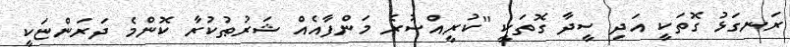
ރަނގަޅު ގޮތަކީ އަދި ސީދާ ގޮތަކީ ''ކުރީއްސުރެ މަންފާއެއް ޝަރުޠުކުރާ ކޮންމެ ދަރަންޏަކީ